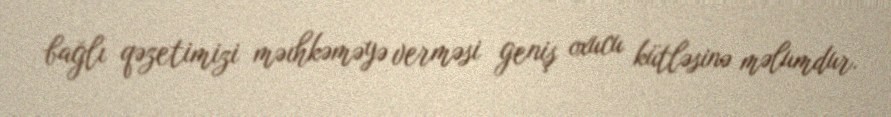
bağlı qəzetimizi məıhkəməyə verməsi geniş oxucu kütləsinə məlumdur.